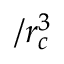
/ r _ { c } ^ { 3 }